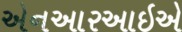
એનઆરઆઇએ